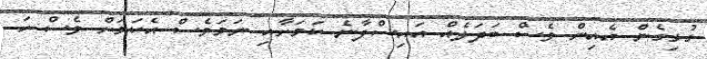
ގުޅިގެން އެއިން ވެސް ބަދަލެއް އައިސްފާނެ ކަމަށާއި ނަމަވެސް އެކަމަށް ވެސް ހަ